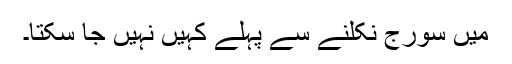
میں سورج نکلنے سے پہلے کہیں نہیں جا سکتا۔